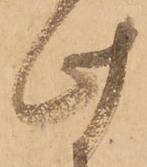
此